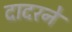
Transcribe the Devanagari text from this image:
दादरने